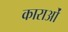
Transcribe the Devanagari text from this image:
काराओं